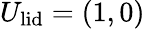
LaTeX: U_{\textrm{lid}}=(1,0)